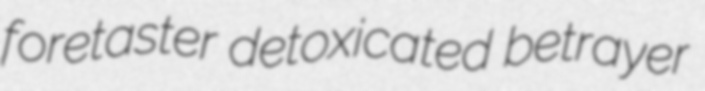
foretaster detoxicated betrayer